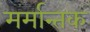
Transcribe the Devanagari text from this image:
मर्मान्तक